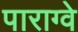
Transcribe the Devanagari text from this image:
पाराग्वे